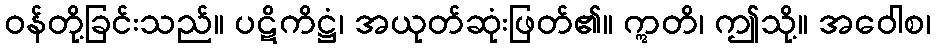
ဝန်တို့ခြင်းသည်။ ပဋိကိဋ္ဌံ၊ အယုတ်ဆုံးဖြတ်၏။ ဣတိ၊ ဤသို့။ အဝေါစ၊